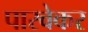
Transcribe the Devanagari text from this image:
पारवेकर